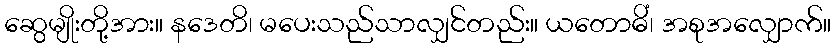
ဆွေမျိုးတို့အား။ နဒေတိ၊ မပေးသည်သာလျှင်တည်း။ ယတောဓိံ၊ အစုအလျှောက်။